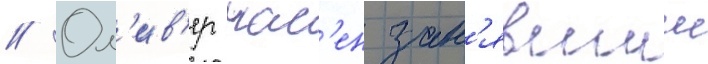
// Ол'ив'ер нас'ен зан'явшии